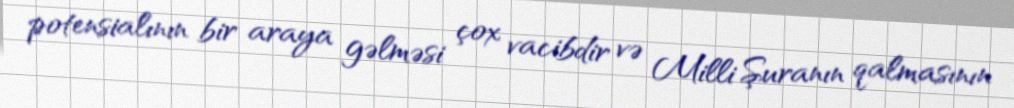
potensialının bir araya gəlməsi çox vacibdir və Milli Şuranın qalmasının